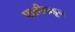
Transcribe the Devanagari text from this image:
पालीकडून